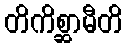
တိကိစ္ဆာမီတိ